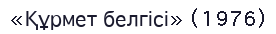
«Құрмет белгісі» (1976)